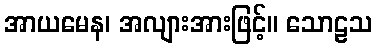
အာယမေန၊ အလျားအားဖြင့်။ သောဠသ